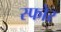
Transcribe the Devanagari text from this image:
स्फोर